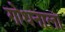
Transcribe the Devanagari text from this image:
गोधनाला